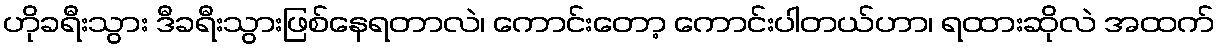
ဟိုခရီးသွား ဒီခရီးသွားဖြစ်နေရတာလဲ၊ ကောင်းတော့ ကောင်းပါတယ်ဟာ၊ ရထားဆိုလဲ အထက်